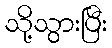
သို့သွားပြီး